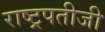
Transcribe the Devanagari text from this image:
राष्ट्रपतीजी